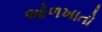
ઓળખાતો